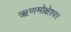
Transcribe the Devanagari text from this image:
ऋणमोक्षेश्वर